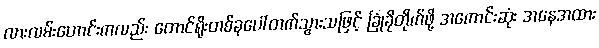
လားလမ်းဟောင်းကလည်း တောင်ရိုးတစ်ခုပေါ်တက်သွားသဖြင့် ခြုံခိုတိုက်ဖို့ အကောင်းဆုံး အနေအထား